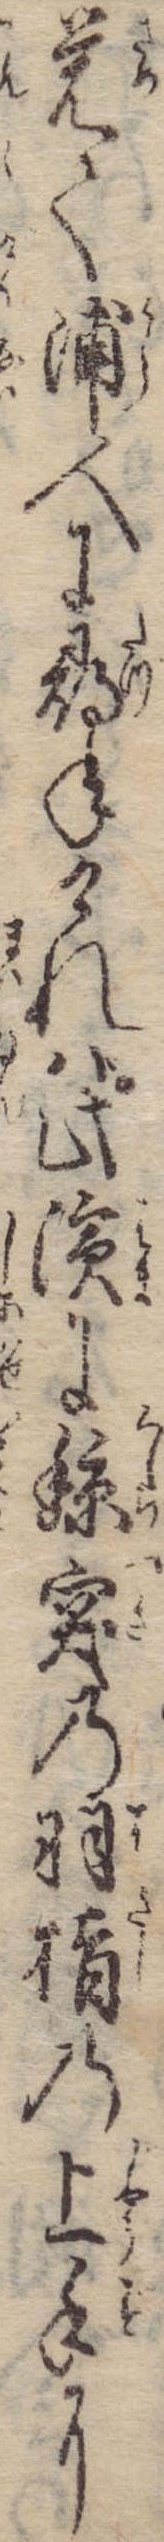
覚て浦人に尋ねければ此浜に鯨突の羽指の上手に